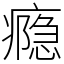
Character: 瘾